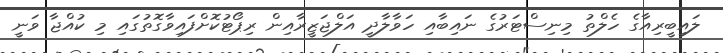
ލައިބީރިއާގެ ހެލްތު މިނިސްޓަރުގެ ނައިބާއި ހަވާލާދީ އަލްޖަޒީރާއިން ރިޕޯޓުކޮށްފައިވާގޮތުގައި މި ކުއްޖާ ވަނީ